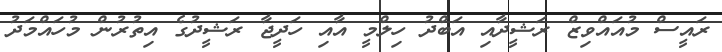
ރައީސް މުއައްވިޒް ރަޝީދާއި އަބްދު ހިލްމީ އާއި ހަދީޖާ ރަޝީދުގެ އިތުރުން މުހައްމަދު